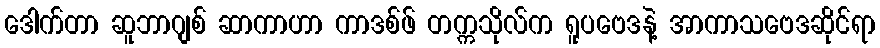
ဒေါက်တာ ဆူဘာဂျစ် ဆာကာဟာ ကာဒစ်ဖ် တက္ကသိုလ်က ရူပဗေဒနဲ့ အာကာသဗေဒဆိုင်ရာ